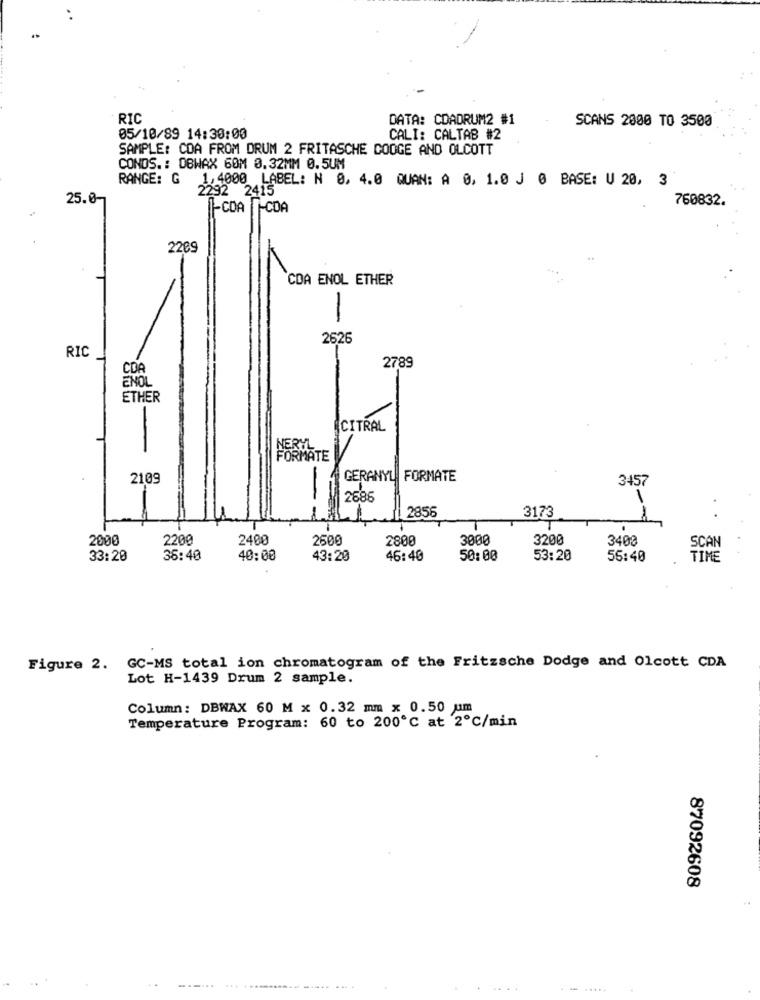
RIC
DATA: CDADRUM2 #1
SCANS 2000 TO 3500
05/10/89 14:30:00
CALI: CALTAB #2
SAMPLE: CDA FROM DRUM 2 FRITASCHE COOGE AND OLCOTT
CONDS .: OBWAX 60M 0.32MM 0.5UM
RANGE: G 1,4000 LABEL: N 0, 4.0 QUAN: A 0, 1.0 J 0 BASE: U 20, 3
2292 2415
25.0-
760832.
1-CDA T-CDA
2209
CDA ENOL ETHER
-
2626
RIC
CDA
2789
ENOL
ETHER
CITRAL
NERTIL
FORMATE
2109
GERANYL FORMATE
3457
2686
3173
2856
T
2000
2200
2400
2500
2800
3000
3200
3400
33:20
35:40
40:00
43:20
46:40
50: 00
53:20
55:40
Figure 2. GC-MS total ion chromatogram of the Fritzsche Dodge and Olcott CDA
Lot H-1439 Drum 2 sample.
Column: DBWAX 60 M x 0.32 mm x 0.50 um
Temperature Program: 60 to 200℃ at 2℃/min
87092608
.. .....